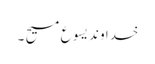
خدا وند یسو ع مسیح ۔